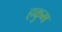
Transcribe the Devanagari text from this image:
हकुम